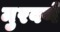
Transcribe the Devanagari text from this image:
मुरवणे